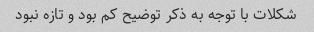
شکلات با توجه به ذکر توضیح کم بود و تازه نبود